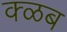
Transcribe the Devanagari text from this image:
क्ळब